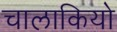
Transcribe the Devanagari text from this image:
चालाकियो